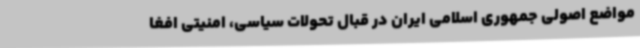
مواضع اصولی جمهوری اسلامی ایران در قبال تحولات سیاسی، امنیتی افغا